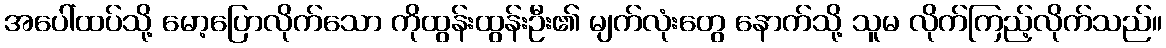
အပေါ်ထပ်သို့ မော့ပြောလိုက်သော ကိုထွန်းထွန်းဦး၏ မျက်လုံးတွေ နောက်သို့ သူမ လိုက်ကြည့်လိုက်သည်။